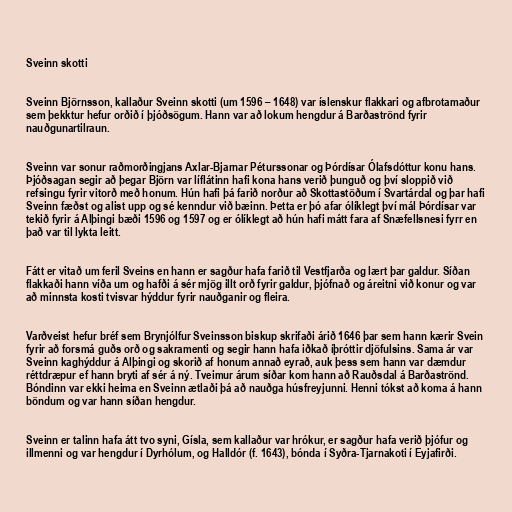
Sveinn skotti

Sveinn Björnsson, kallaður Sveinn skotti (um 1596 – 1648) var íslenskur flakkari og afbrotamaður
sem þekktur hefur orðið í þjóðsögum. Hann var að lokum hengdur á Barðaströnd fyrir
nauðgunartilraun.

Sveinn var sonur raðmorðingjans Axlar-Bjarnar Péturssonar og Þórdísar Ólafsdóttur konu hans.
Þjóðsagan segir að þegar Björn var líflátinn hafi kona hans verið þunguð og því sloppið við
refsingu fyrir vitorð með honum. Hún hafi þá farið norður að Skottastöðum í Svartárdal og þar hafi
Sveinn fæðst og alist upp og sé kenndur við bæinn. Þetta er þó afar ólíklegt því mál Þórdísar var
tekið fyrir á Alþingi bæði 1596 og 1597 og er ólíklegt að hún hafi mátt fara af Snæfellsnesi fyrr en
það var til lykta leitt.

Fátt er vitað um feril Sveins en hann er sagður hafa farið til Vestfjarða og lært þar galdur. Síðan
flakkaði hann víða um og hafði á sér mjög illt orð fyrir galdur, þjófnað og áreitni við konur og var
að minnsta kosti tvisvar hýddur fyrir nauðganir og fleira.

Varðveist hefur bréf sem Brynjólfur Sveinsson biskup skrifaði árið 1646 þar sem hann kærir Svein
fyrir að forsmá guðs orð og sakramenti og segir hann hafa iðkað íþróttir djöfulsins. Sama ár var
Sveinn kaghýddur á Alþingi og skorið af honum annað eyrað, auk þess sem hann var dæmdur
réttdræpur ef hann bryti af sér á ný. Tveimur árum síðar kom hann að Rauðsdal á Barðaströnd.
Bóndinn var ekki heima en Sveinn ætlaði þá að nauðga húsfreyjunni. Henni tókst að koma á hann
böndum og var hann síðan hengdur.

Sveinn er talinn hafa átt tvo syni, Gísla, sem kallaður var hrókur, er sagður hafa verið þjófur og
illmenni og var hengdur í Dyrhólum, og Halldór (f. 1643), bónda í Syðra-Tjarnakoti í Eyjafirði.